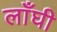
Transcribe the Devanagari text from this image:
लाँघी